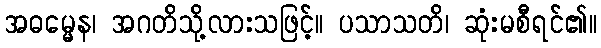
အဓမ္မေန၊ အဂတိသို့လားသဖြင့်။ ပသာသတိ၊ ဆုံးမစီရင်၏။